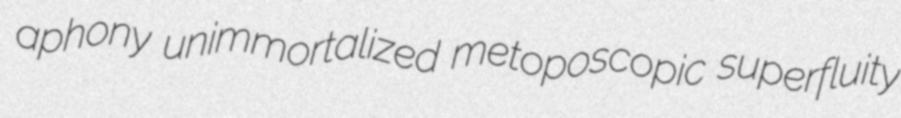
aphony unimmortalized metoposcopic superfluity